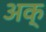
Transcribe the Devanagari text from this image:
अक्